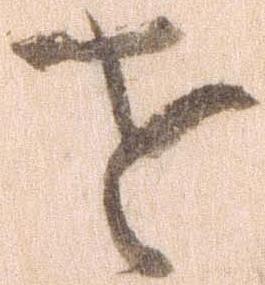
せ